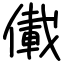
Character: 儎